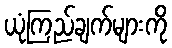
ယုံကြည်ချက်များကို